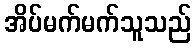
အိပ်မက်မက်သူသည်